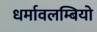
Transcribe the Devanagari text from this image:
धर्मावलम्बियो